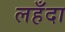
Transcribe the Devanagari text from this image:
लहँदा